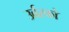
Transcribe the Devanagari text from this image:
उर्वरको